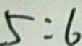
5 : 6